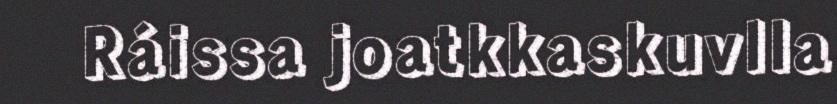
Ráissa joatkkaskuvlla